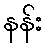
နန်း